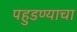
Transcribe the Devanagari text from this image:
पहुडण्याचा